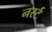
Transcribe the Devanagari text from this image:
नर्स्ट